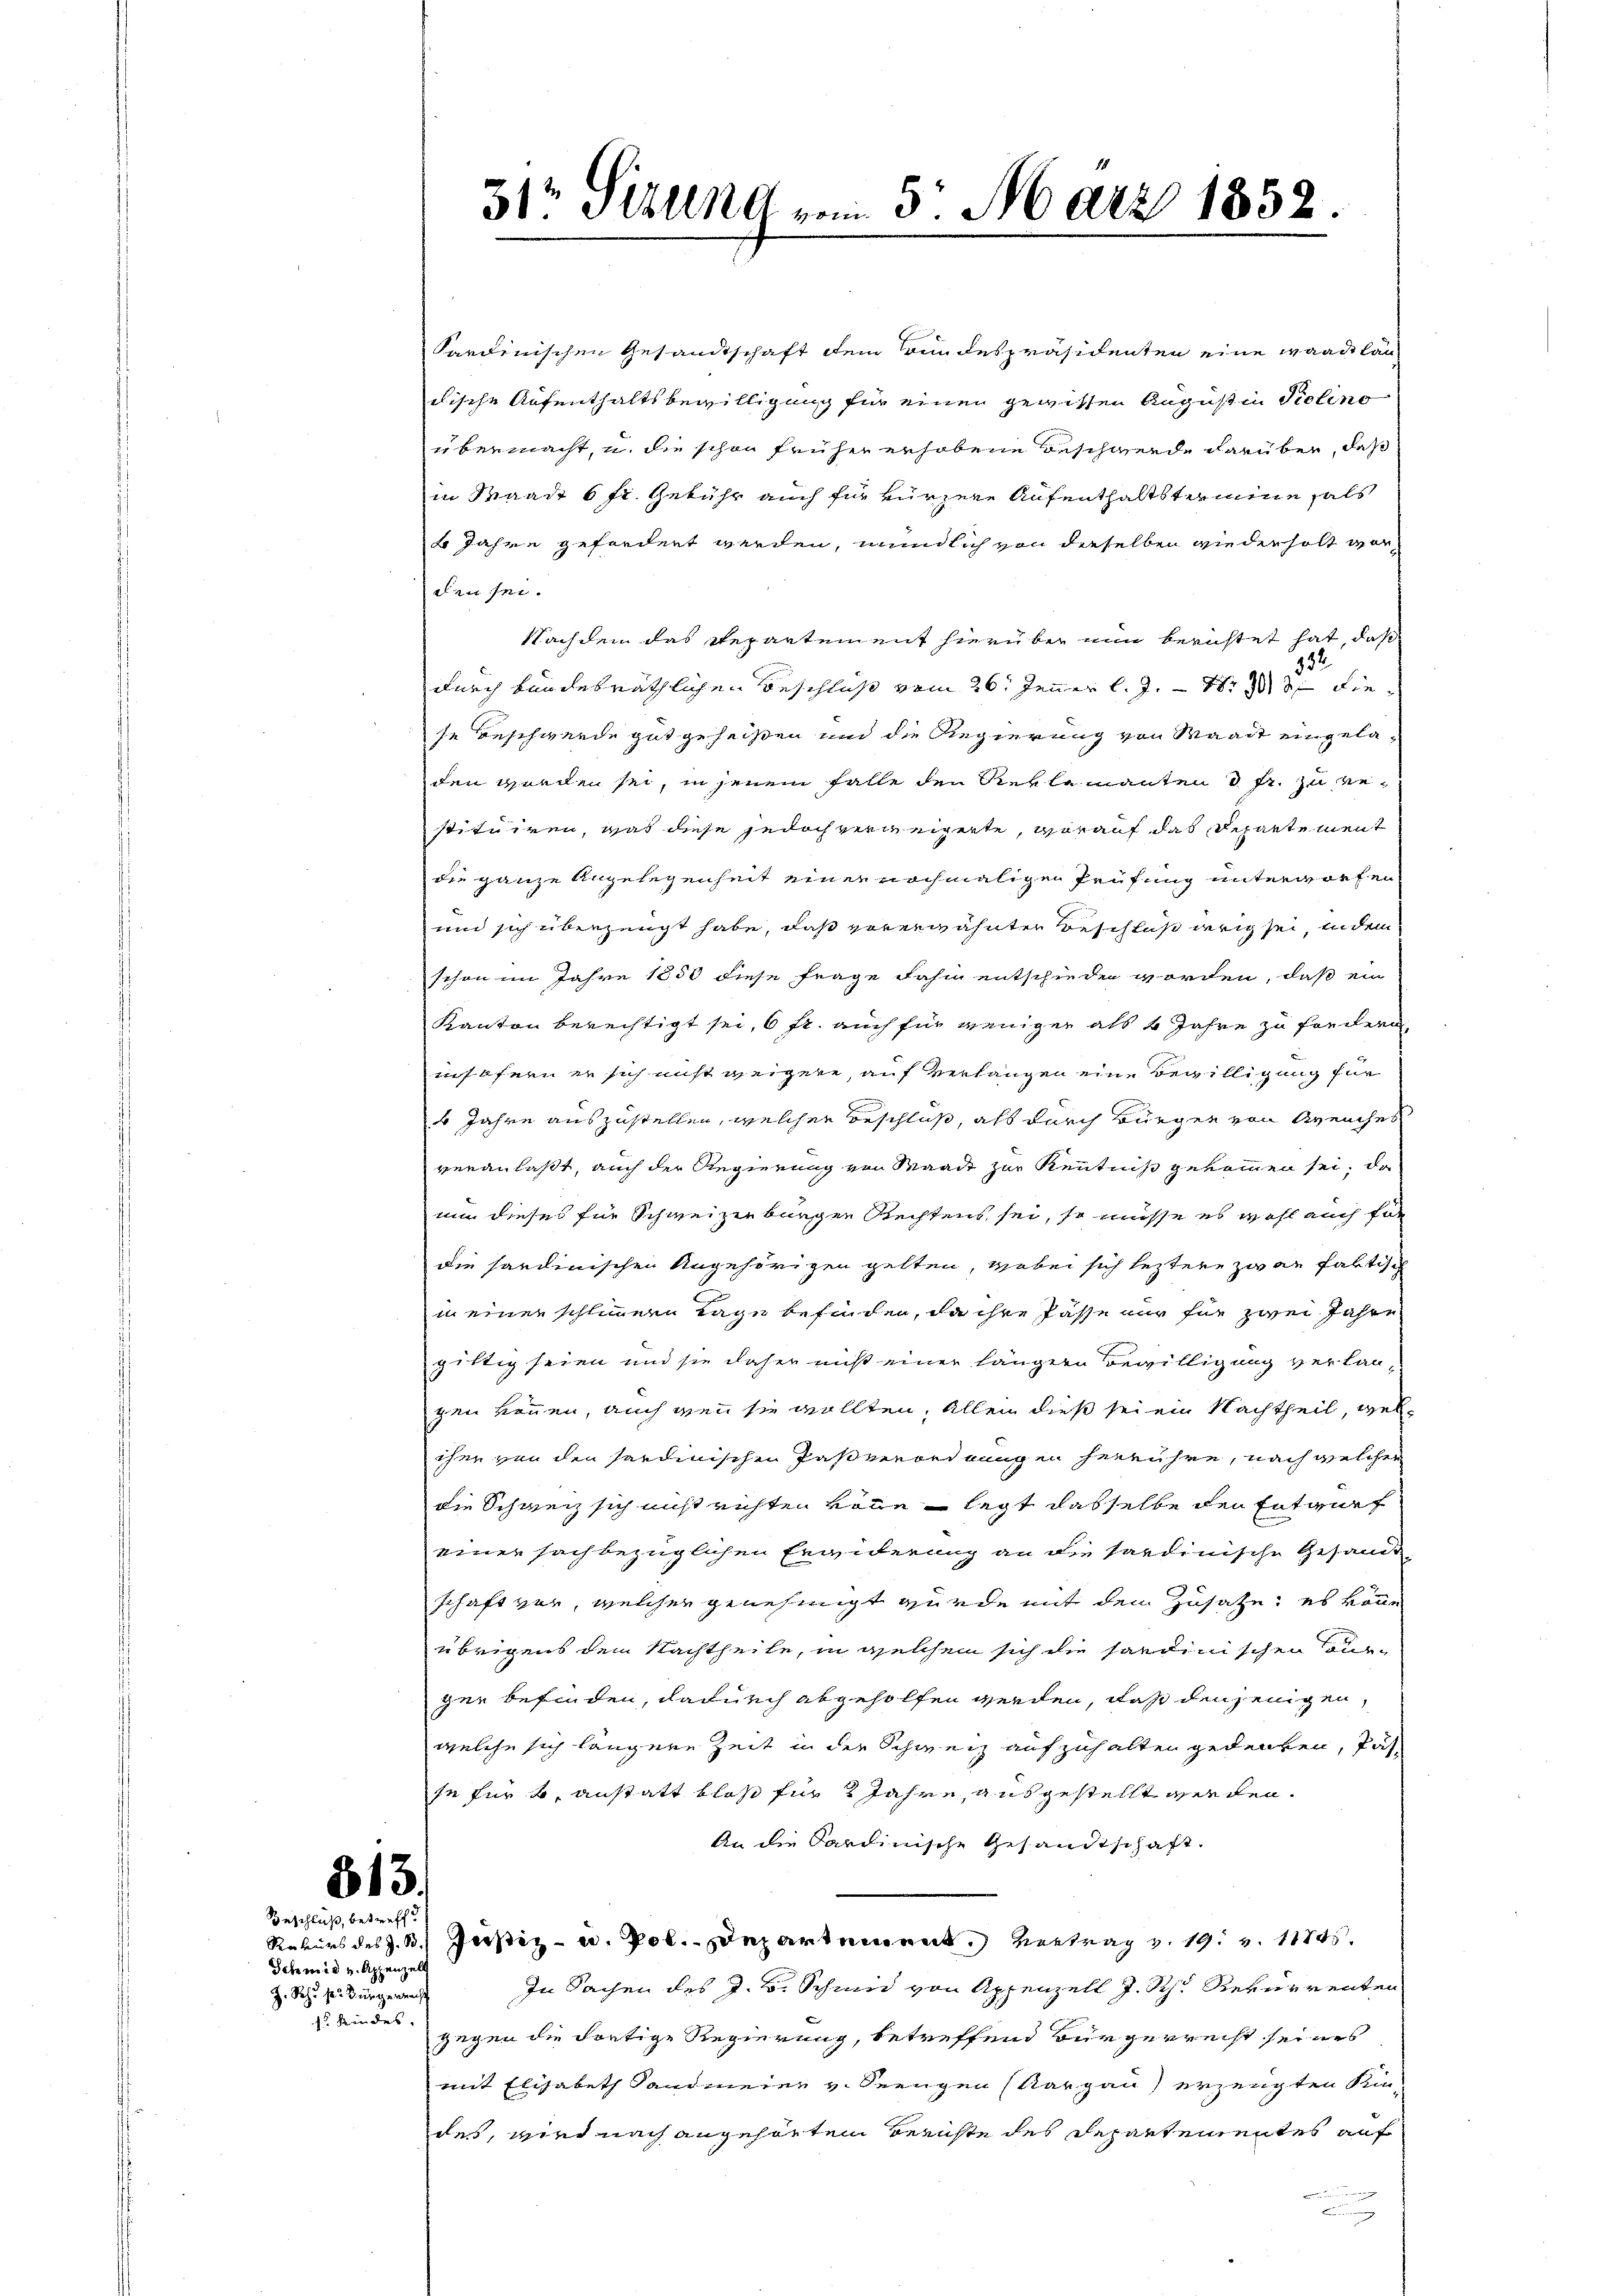
Schmid u. Appenzell
Z. Sch. s. Bürgerrecht
15 Kindes.

313.
Geschluß, betreff

Sardinischen Gesandtschaft dem Bundespräsidenten eine Waadtlän
dische Aufenthaltsbewilligung für einen gewissen August in Piolino
übermacht, u. die schon früher erhobene Beschwerde darüber, daß
in Waadt 6 fr. Gebühr auch für kürzere Aufenthaltstamene hals
4 Jahre gefordert werden, mündlich von derselben wiederholt vorden sei.
Nachdem das Repartement hierüber nun berichtet hat, daß
332.
durch bundesräthlichen Beschluß vom 26. Jenner l. J. 17 die
se Beschwerde gut geheißen und die Regierung von Waadt eingeladen worden sei, in jenem Falle den Reklamanten 3 Fr. zu vestituiren, was diese jedoch verweigerte, worauf das Departement
die ganze Angelegenheit einer nochmaligen Prüfung unterworfen
und sich überzeugt habe, daß vorerwähnten Beschluß wrig sei, indem
schon im Jahre 1850 diese Frage dahm entschieden worden, daß ein
Kanton berechtigt sei, 6 fr. auch für weniger als 4 Jahre zu fordern,
insofern er sich nicht weigere, auf Verlangen eine Bewilligung für
6 Jahre auszustellen, welcher Beschluß, als durch Bürger von Meuches
veranlaßt, auch der Regierung von Waadt zur Kenntniß gekommen sei, da
nur dieses für Schweizerbürgen Rechtens sei, so müsse es wohl auch für
die sardinischen Angehörigen gelten, wobei sich leztere zwar faktisch
in einer schlimmern Tage befinden, da ihre Pässe nur für zwei Jahre
gittig seien und sie daher nicht einer längere Bewilligung verlangen können, auch wenn sie wollten. Allein dieß sei ein Nachtheil, wel
iher von den serdinischen Paßverordnungen herrühre, nach welcher
die Schweiz sich nicht richten von legt dasselbe der Entwurf
einer sachbezüglichen Erwiderung an die sardinische Gesamt-
schaft vor, welcher genehmigt wurde mit den Zusahe; es könne
übrigens dem Nachtheile, in welchem sich die sardinischen Cou-
gen befinden, dadurch abgeholfen werden, daß denjenigen,
welche sich längere Zeit in der Schweiz aufzuhalten gedenken, Pässe für 4. anstatt bloß für 2 Jahre, ausgestellt werden.
An die Sardinische Gesandtschaft.
Rekurs des z. B. Justiz- u. Pol. Departement vertrag v. 19. v. 1874.
In Sachen des J. H. Schmid von Appenzell J. Sch. Rekurrenten
gegen die dortige Regierung, betreffend Bürgerrecht seines
mit Elisabeth Landmeier v. Seengen (Aargau erzeugten Kin-
des, wird nach angehörten Berichte des Departementes auf

31r Situng vom 5. März 1852.